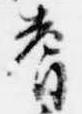
耆